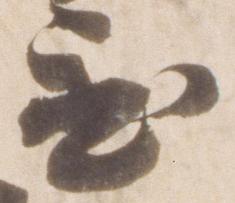
置